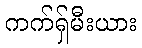
ကက်ရှ်မီးယား